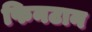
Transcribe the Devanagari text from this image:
फिनटान